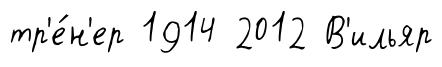
тр'е́н'ер 1914 2012 В'ильяр